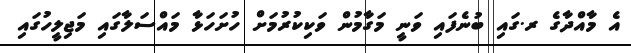
އެ މާއްދާގެ ރ.ގައި ބުނެފައި ވަނީ މަގާމުން ވަކިކުރުމަށް ހުށަހަޅާ މައްސަލާގައި މަޖިލީހުގައި